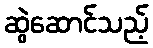
ဆွဲဆောင်သည့်